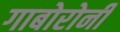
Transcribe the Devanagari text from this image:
गाबोरोनी